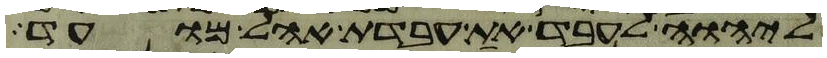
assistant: ליהוה לעבד את עבדת אהל מועד